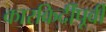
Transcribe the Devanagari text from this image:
कारकिर्दींपूर्वी